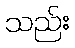
သည်း